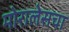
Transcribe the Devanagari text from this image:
मोरालेसचा